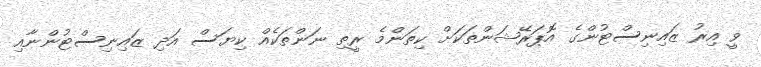
ވީ އިރު ޒައިނިސްޓުންގެ އޮޕަރޭޝަންތަކަށް ކިތަންމެ ރީތި ނަންތަކެއް ކިޔަސް އަދި ޒައިނިސްޓުންނާއި